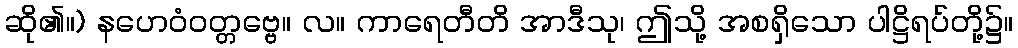
ဆို၏။) နဟေဝံဝတ္တဗ္ဗေ။ လ။ ကာရေတီတိ အာဒီသု၊ ဤသို့ အစရှိသော ပါဋ္ဌိရပ်တို့၌။